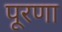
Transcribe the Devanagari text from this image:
पूरणा